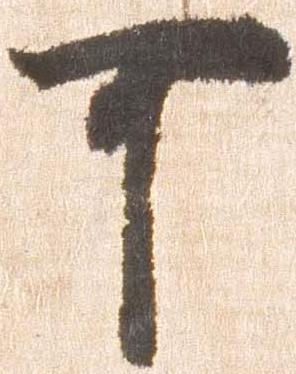
可